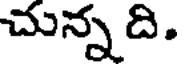
చున్న ది.